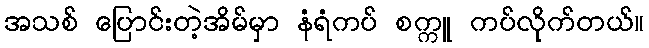
အသစ် ပြောင်းတဲ့အိမ်မှာ နံရံကပ် စက္ကူ ကပ်လိုက်တယ်။